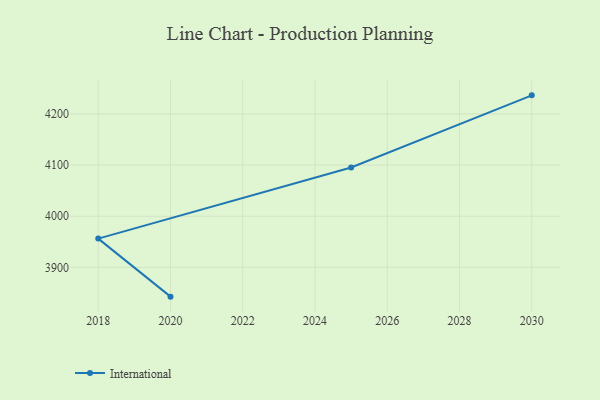
{"axis": {"x": "Year", "y": "Production Output"}, "legend": ["International"], "data": [{"x": "2020", "y": 3842.9, "type": "International"}, {"x": "2018", "y": 3956.3, "type": "International"}, {"x": "2025", "y": 4095.4, "type": "International"}, {"x": "2030", "y": 4236.3, "type": "International"}]}